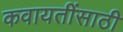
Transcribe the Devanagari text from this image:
कवायतींसाठी